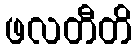
ဖလတီတိ